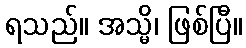
ရသည်။ အသ္မိ၊ ဖြစ်ပြီ။